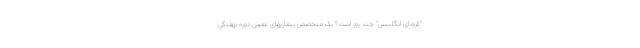
"کرونای انگلیسی" چند روز است؟ یک متخصص بیماریهای عفونی دوره نهفتگی